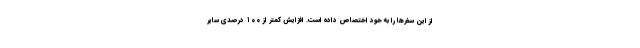
از این سفرها را به خود اختصاص داده است. افزایش کمتر از ۱۰۰ درصدی سایر